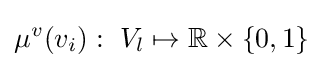
\mu ^{v}(v_{i}):~V_{l}\mapsto \mathbb {R} \times \{0,1\}